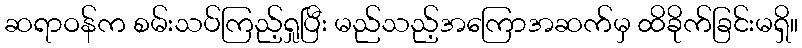
ဆရာဝန်က စမ်းသပ်ကြည့်ရှုပြီး မည်သည့်အကြောအဆက်မှ ထိခိုက်ခြင်းမရှိ။